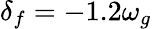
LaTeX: \delta_{f}=-1.2\omega_{g}